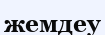
жемдеу